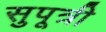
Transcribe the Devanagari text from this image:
सुपूत्री